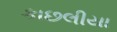
કાછલીયા